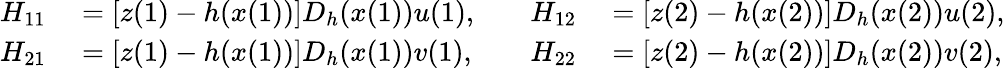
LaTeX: \begin{array}{rlrl}{H_{11}}&{{}=[z(1)-h(x(1))]D_{h}(x(1))u(1),}&{\quad H_{12}}&{{}=[z(2)-h(x(2))]D_{h}(x(2))u(2),}\\ {H_{21}}&{{}=[z(1)-h(x(1))]D_{h}(x(1))v(1),}&{\quad H_{22}}&{{}=[z(2)-h(x(2))]D_{h}(x(2))v(2),}\end{array}